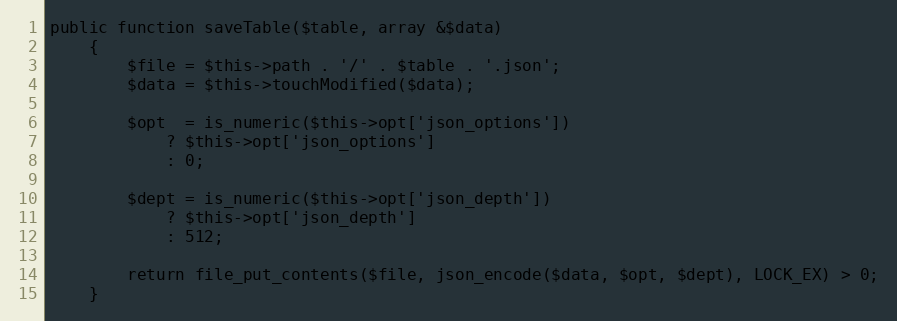
Language: PHP
public function saveTable($table, array &$data)
    {
        $file = $this->path . '/' . $table . '.json';
        $data = $this->touchModified($data);

        $opt  = is_numeric($this->opt['json_options'])
            ? $this->opt['json_options']
            : 0;

        $dept = is_numeric($this->opt['json_depth'])
            ? $this->opt['json_depth']
            : 512;

        return file_put_contents($file, json_encode($data, $opt, $dept), LOCK_EX) > 0;
    }